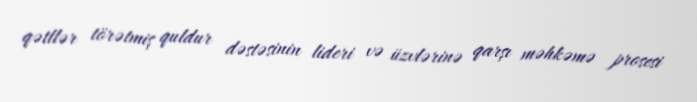
qətllər törətmiş quldur dəstəsinin lideri və üzvlərinə qarşı məhkəmə prosesi